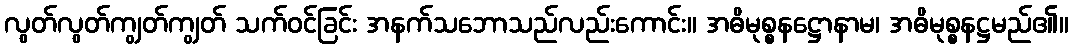
လွတ်လွတ်ကျွတ်ကျွတ် သက်ဝင်ခြင်း အနက်သဘောသည်လည်းကောင်း။ အဓိမုစ္စနဋ္ဌောနာမ၊ အဓိမုစ္စနဋ္ဌမည်၏။